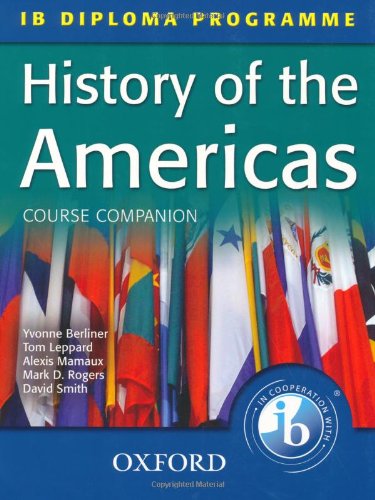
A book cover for History of the Americas Course Companion: IB Diploma Programme (International Baccalaureate); Tom Leppard; Children's Books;